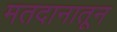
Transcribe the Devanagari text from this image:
मतदानातून